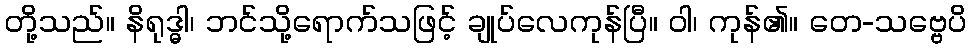
တို့သည်။ နိရုဒ္ဓါ၊ ဘင်သို့ရောက်သဖြင့် ချုပ်လေကုန်ပြီ။ ဝါ၊ ကုန်၏။ တေ-သဗ္ဗေပိ